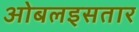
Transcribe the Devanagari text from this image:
ओबलइसतार